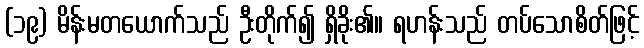
(၁၉) မိန်းမတယောက်သည် ဦးတိုက်၍ ရှိခိုး၏။ ရဟန်းသည် တပ်သောစိတ်ဖြင့်